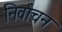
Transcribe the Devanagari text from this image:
निर्वांचन